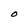
Character: O